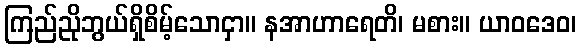
ကြည်ညိုဘွယ်ရှိစိမ့်သောငှာ။ နအာဟာရေတိ၊ မစား။ ယာဝဒေဝ၊